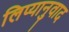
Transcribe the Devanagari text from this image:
लिप्यानुवाद